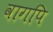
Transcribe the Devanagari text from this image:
वागपि